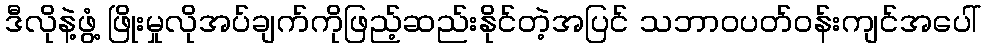
ဒီလိုနဲ့ဖွံ့ ဖြိုးမှုလိုအပ်ချက်ကိုဖြည့်ဆည်းနိုင်တဲ့အပြင် သဘာဝပတ်ဝန်းကျင်အပေါ်